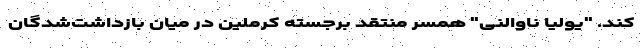
کند. "یولیا ناوالنی" همسر منتقد برجسته کرملین در میان بازداشت‌شدگان